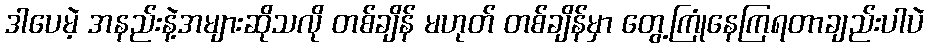
ဒါပေမဲ့ အနည်းနဲ့အများဆိုသလို တစ်ချိန် မဟုတ် တစ်ချိန်မှာ တွေ့ကြုံနေကြရတာချည်းပါပဲ